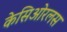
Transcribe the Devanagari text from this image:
केसिओरलस